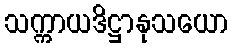
သက္ကာယဒိဋ္ဌာနုသယော